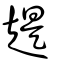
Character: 趧